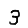
Digit: 3